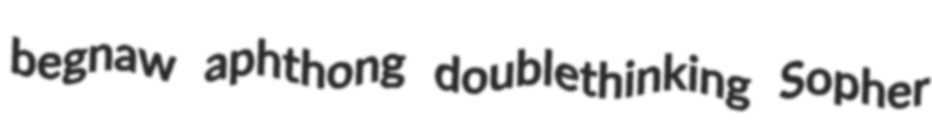
begnaw aphthong doublethinking Sopher